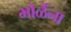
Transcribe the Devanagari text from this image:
भोळेंना